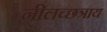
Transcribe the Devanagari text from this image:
नीलच्छत्राय